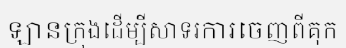
ឡានក្រុងដើម្បីសាទរការចេញពីគុក